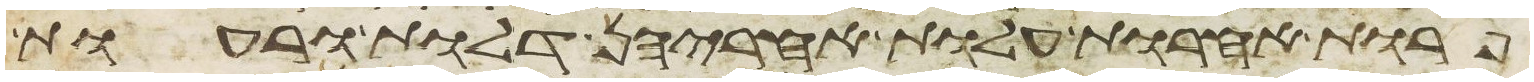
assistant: פרות אחרות עלות אחריהן דלות ורעות